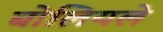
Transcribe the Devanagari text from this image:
बोलियले